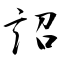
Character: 詔